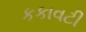
કકાવટી